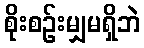
စိုးစဉ်းမျှမရှိဘဲ